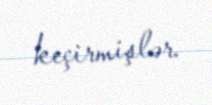
keçirmişlər.